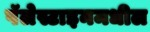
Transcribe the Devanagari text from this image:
पॅलेस्टाइनमधील